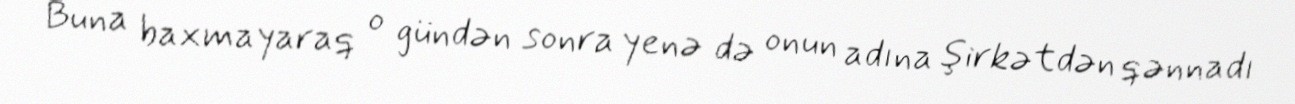
Buna baxmayaraq o gündən sonra yenə də onun adına şirkətdən qənnadı